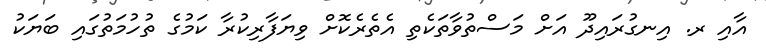
އާއި ރ. އިނގުރައިދޫ އަށް މަސްތުވާތަކެތި އެތެރެކޮށް ވިޔަފާރިކުރާ ކަމުގެ ތުހުމަތުގައި ބަޔަކު